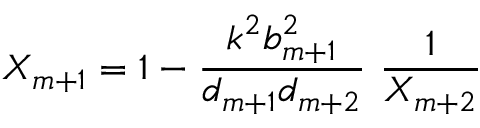
X _ { m + 1 } = 1 - { \frac { k ^ { 2 } b _ { m + 1 } ^ { 2 } } { d _ { m + 1 } d _ { m + 2 } } } \ { \frac { 1 } { X _ { m + 2 } } }